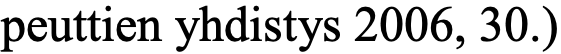
peuttien yhdistys 2006, 30.)